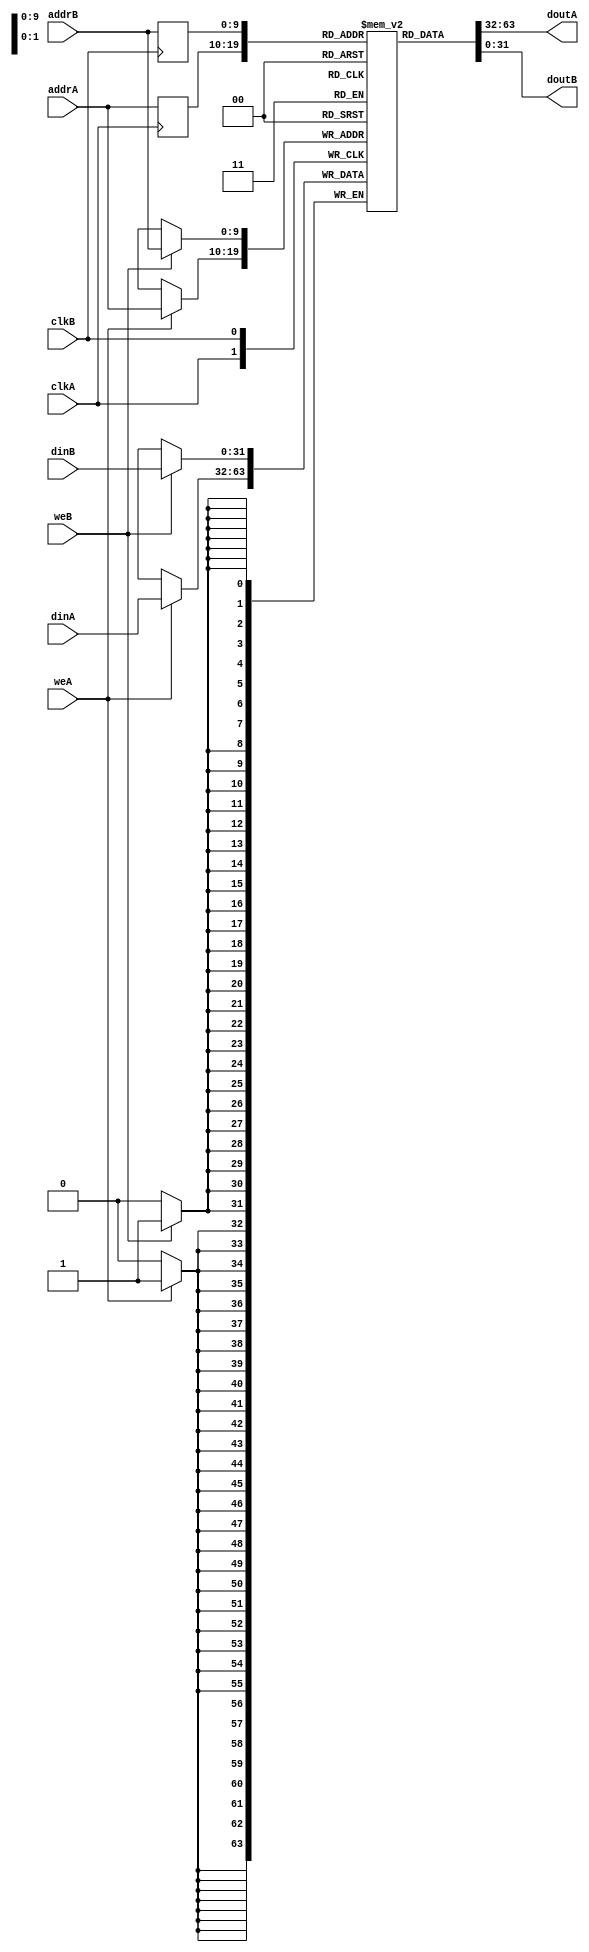
module ram_true_reg_addr_dp_dc_1024x32 (clkA, clkB, weA, weB, addrA, addrB, dinA, dinB, doutA, doutB);
    input clkA, clkB, weA, weB;
    input [9:0] addrA, addrB;
    input [31:0] dinA, dinB;
    output [31:0] doutA, doutB;
    
    reg [9:0] reg_addrA, reg_addrB;
    reg [31:0] ram [1023:0];
    always @(posedge clkA)
    begin
        if (weA)
            ram[addrA] <= dinA;
            reg_addrA <= addrA;
    end


    always @(posedge clkB)
    begin
        if (weB)
            ram[addrB] <= dinB;
            reg_addrB <= addrB;
    end
        

    assign doutA = ram[reg_addrA];
    assign doutB = ram[reg_addrB];

endmodule